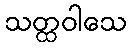
သတ္ထဝါသေ